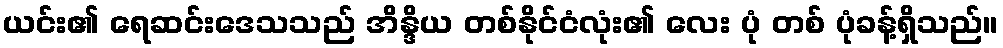
ယင်း၏ ရေဆင်းဒေသသည် အိန္ဒိယ တစ်နိုင်ငံလုံး၏ လေး ပုံ တစ် ပုံခန့်ရှိသည်။